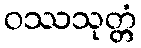
ဝဿသုတ္တံ